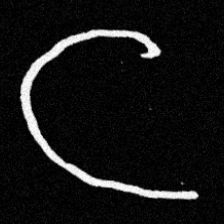
Pyu character \u2014 Myanmar letter: င (romanized: nga)